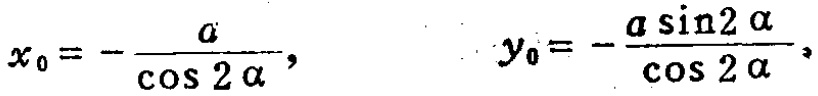
\[x_{0}=-\frac{a}{\cos 2\alpha},\qquad y_{0}=-\frac{a\sin 2\alpha}{\cos 2\alpha},\]